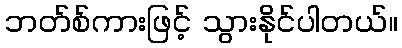
ဘတ်စ်ကားဖြင့် သွားနိုင်ပါတယ်။